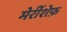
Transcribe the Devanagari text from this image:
मेर्रीशेफ़